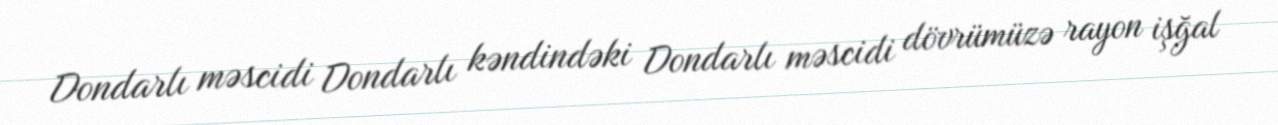
Dondarlı məscidi Dondarlı kəndindəki Dondarlı məscidi dövrümüzə rayon işğal